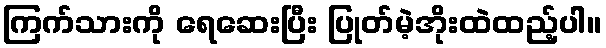
ကြက်သားကို ရေဆေးပြီး ပြုတ်မဲ့အိုးထဲထည့်ပါ။